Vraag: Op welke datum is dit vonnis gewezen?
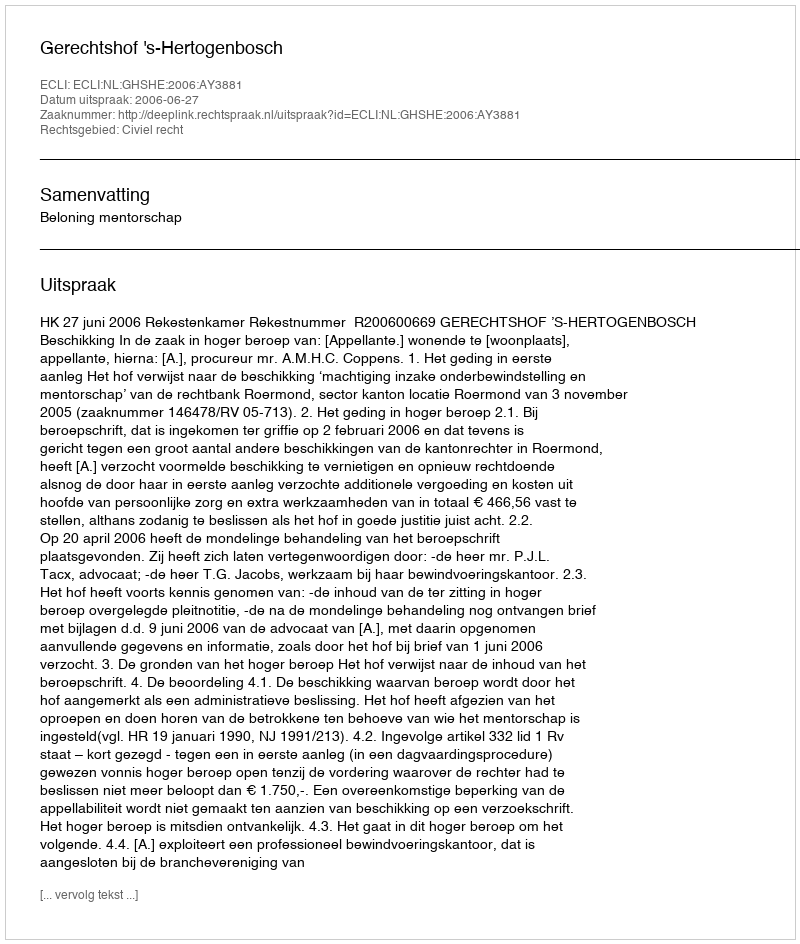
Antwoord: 2006-06-27